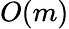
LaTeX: O(m)